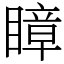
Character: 瞕